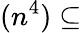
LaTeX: (n^{4})\subseteq